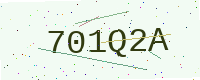
Text: 701Q2A